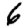
Digit: 6